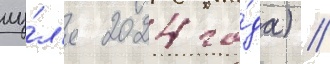
иу́л'я 2024 го́да) //